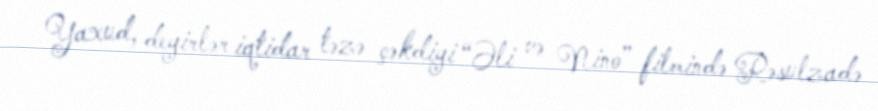
Yaxud, deyirlər iqtidar təzə çəkdiyi “Əli və Nino” filmində Rəsulzadə